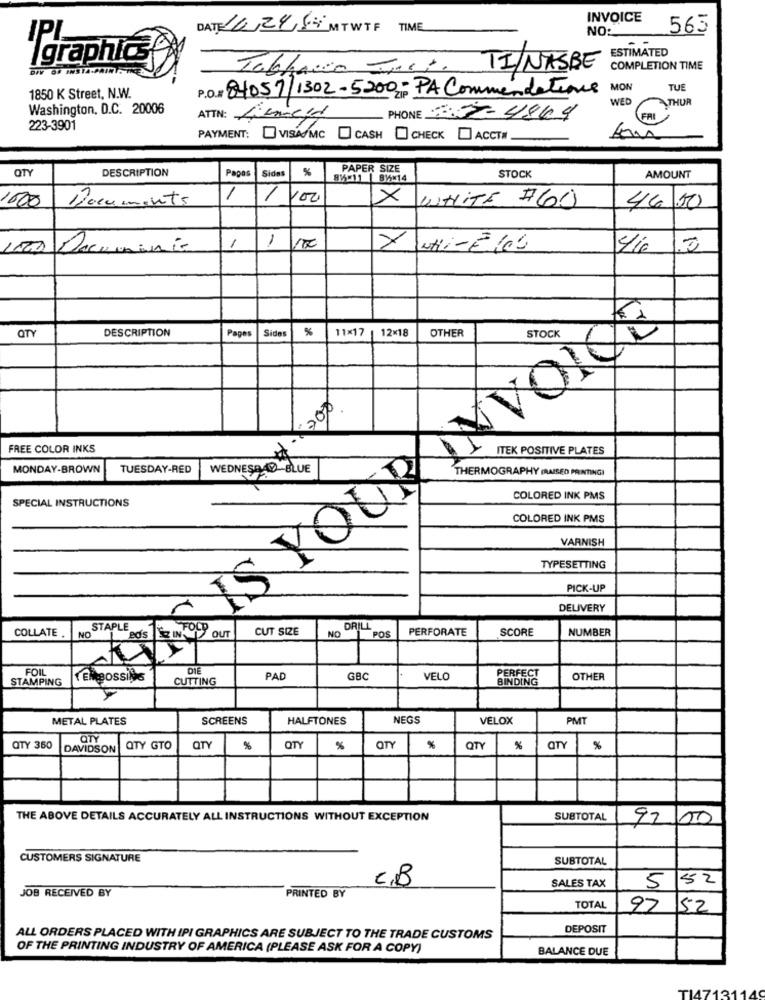
INVOICE
DATE: 16/24/5 MTWTF TIME
NO:
565
IPL
ESTIMATED
Igraphicse
DIV OF INSTA-PAINT
Tabhacia =1.1. TI/NASBE
COMPLETION TIME
P.O.# 84057/1302-5200 - PA Commendations
MON
TUE
1850 K Street, N.W.
WED
THUR
Washington, D.C. 20006
ATTN: Niemcya
PHONE 33- 4804
FAL
223-3901
PAYMENT:
VISA/MC CASH CHECK [ACCTM
QTY
DESCRIPTION
Papas
Sida
%
PAPER SIZE
81 11 | 815×14
STOCK
AMOUNT
1600
Documents
/
/ 100
×
WHITE #60
46 50
1
Documento
1
NHi- Fi00
QTY
DESCRIPTION
Page
%
11×17 | 12×18
OTHER
STOCK
Sides
FREE COLOR INKS
ITEK POSITIVE PLATES
MONDAY-BROWN
TUESDAY-RED
WEDNESBAD BLUE
THERMOGRAPHY (RAISED PAINTING)
SPECIAL INSTRUCTIONS
COLORED INK PMS
COLORED INK PMS
VARNISH
TYPESETTING
PICK-UP
DELIVERY
COLLATE
STAPLE
CUT SIZE
NO
DRILL
PERFORATE
SCORE
NUMBER
NO
POS
FOIL
STAMPING
Ellossine
CUTTING
PAD
GBC
VELO
PERFECT
BINDING
OTHER
METAL PLATES
SCREENS
HALFTONES
NEGS
VELOX
PMT
aTY
QTY 350
DAVIDSON
QTY GTO
QTY
%
QTY
%
QTY
%
QTY
%
QTY
%
THE ABOVE DETAILS ACCURATELY ALL INSTRUCTIONS WITHOUT EXCEPTION
SUBTOTAL
92 00
CUSTOMERS SIGNATURE
SUBTOTAL
C.B
52
JOB RECEIVED BY
SALES TAX
5
PRINTED BY
TOTAL
97
52
DEPOSIT
ALL ORDERS PLACED WITH IPI GRAPHICS ARE SUBJECT TO THE TRADE CUSTOMS
OF THE PRINTING INDUSTRY OF AMERICA (PLEASE ASK FOR A COPY)
BALANCE DUE
T14713